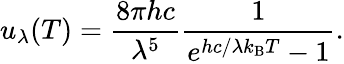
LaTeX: u_{\lambda}(T)={\frac{8\pi hc}{\lambda^{5}}}{\frac{1}{e^{hc/\lambda k_{\mathrm{B}}T}-1}}.